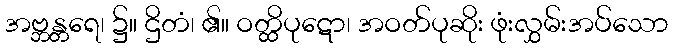
အဗ္ဘန္တရေ၊ ၌။ ဌိတံ၊ ၏။ ဝတ္ထိပုဋော၊ အဝတ်ပုဆိုး ဖုံးလွှမ်းအပ်သော